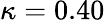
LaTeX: \kappa=0.40